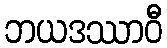
ဘယဒဿာဝီ